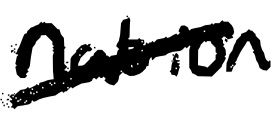
Text: nation
Cross-out: diagonal
Writing tool: digital_black